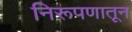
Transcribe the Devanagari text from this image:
निरूपणातून